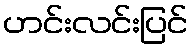
ဟင်းလင်းပြင်